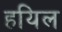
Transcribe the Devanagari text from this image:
हयिल